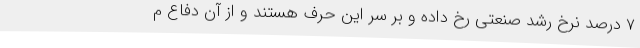
۷ درصد نرخ رشد صنعتی رخ داده و بر سر این حرف هستند و از آن دفاع م